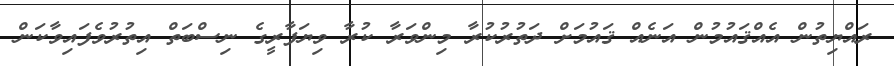
ރައްޔިތުން އެއްޤައުމުން އަނެއް ޤައުމަށް ދަތުރުކުރާ މިންވަރާ ކުރާ ވިޔަފާރީގެ ނިސްބަތް އިތުރުވެފައިވާކަން